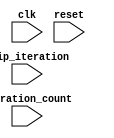
module Loop_with_skip (
    input [7:0] iteration_count,
    input [7:0] skip_iteration,
    input clk,
    input reset,
    // Add any other inputs as needed
    // Add any other outputs as needed
);

reg [7:0] current_iteration;

always @(posedge clk or posedge reset) begin
    if (reset) begin
        // Initialize variables
         current_iteration <= 0;
    end else begin
        // Check for skip condition and increment current iteration
        if (current_iteration != skip_iteration) begin
            // Execute statements that should not be skipped
            // Add your code here
        end
        
        // Increment current_iteration
        if (current_iteration < iteration_count) begin
            current_iteration <= current_iteration + 1;
        end else begin
            current_iteration <= 0;
        end
    end
end

endmodule